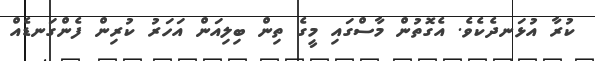
ކުރާ އުޅަނދެކެވެ. އެގޮތުން މާސްގައި މީގެ ތިން ބިލިއަން އަހަރު ކުރިން ފެންގަނޑެއް